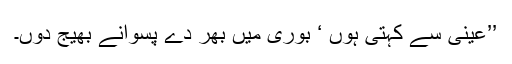
’’عینی سے کہتی ہوں ‘ بوری میں بھر دے پسوانے بھیج دوں۔